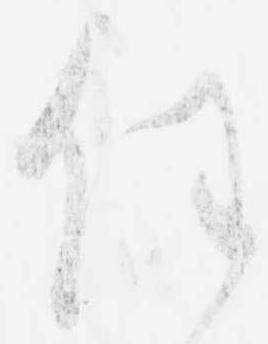
任